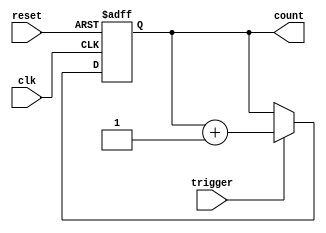
module Counter (
    input wire clk,
    input wire trigger,
    input wire reset,
    output reg [7:0] count
);

always @(posedge clk or posedge reset) begin
    if (reset) begin
        count <= 8'h00;
    end else begin
        if (trigger) begin
            count <= count + 1;
        end
    end
end

endmodule